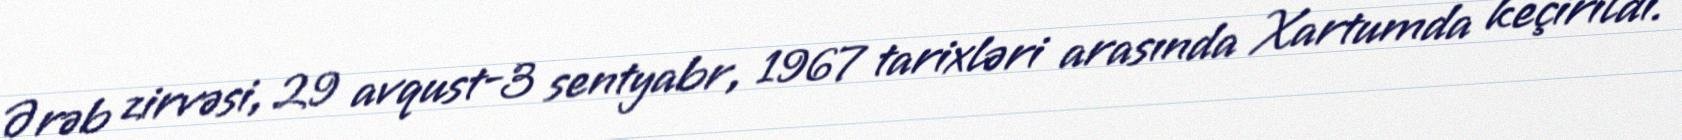
Ərəb zirvəsi, 29 avqust-3 sentyabr, 1967 tarixləri arasında Xartumda keçirildi.